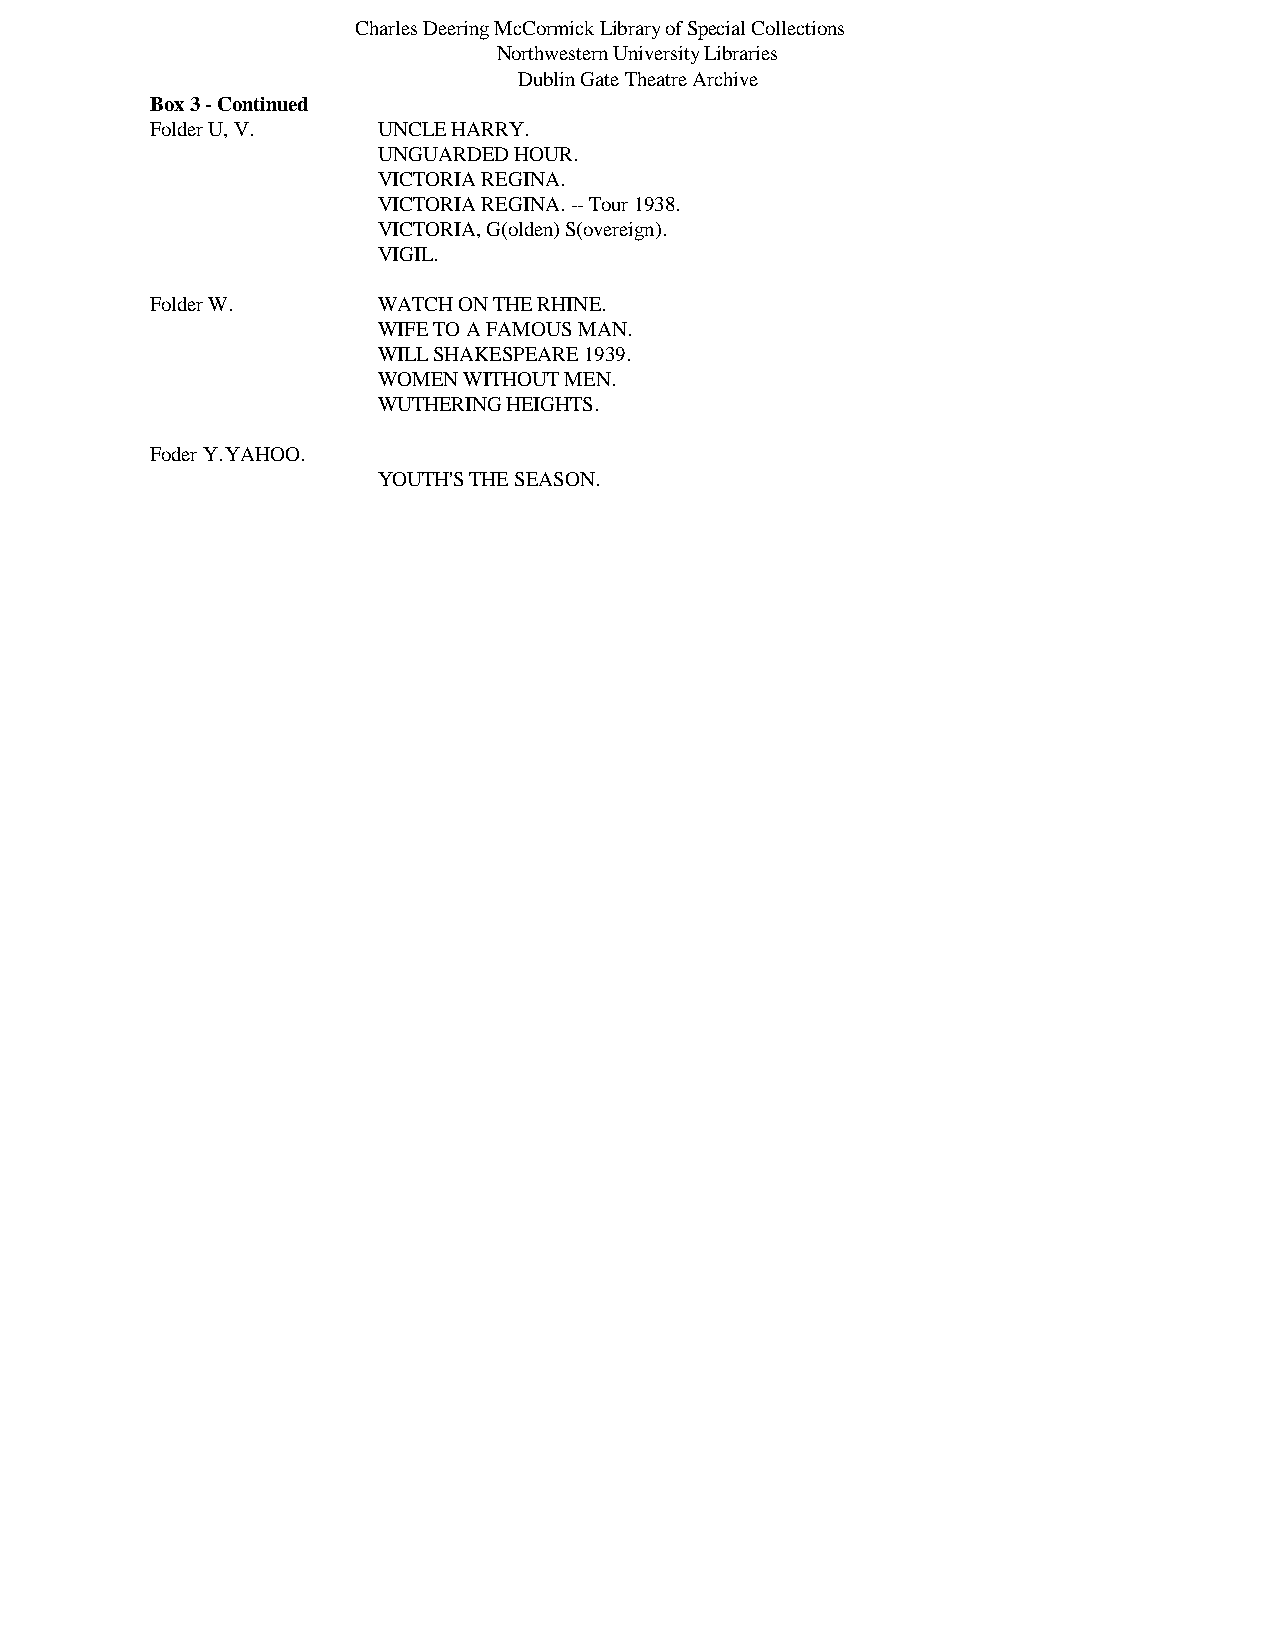
Charles Deering McCormick Library of Special Collections
 Northwestern University Libraries
 Dublin Gate Theatre Archive
 Box 3 - Continued
 Folder U, V.   UNCLE HARRY.
 UNGUARDED HOUR.
 VICTORIA REGINA.
 VICTORIA REGINA. -- Tour 1938.
 VICTORIA, G(olden) S(overeign).
 VIGIL.
 Folder W.      WATCH ON THE RHINE.
 WIFE TO A FAMOUS MAN.
 WILL SHAKESPEARE 1939.
 WOMEN WITHOUT MEN.
 WUTHERING HEIGHTS.
 Foder Y. YAHOO.
 YOUTH'S THE SEASON.